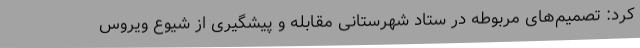
کرد: تصمیم‌های مربوطه در ستاد شهرستانی مقابله و پیشگیری از شیوع ویروس